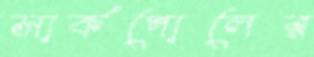
সার্কপোলের